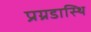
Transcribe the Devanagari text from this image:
प्रग्रडास्थि